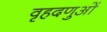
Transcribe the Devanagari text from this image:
वृहदणुओं